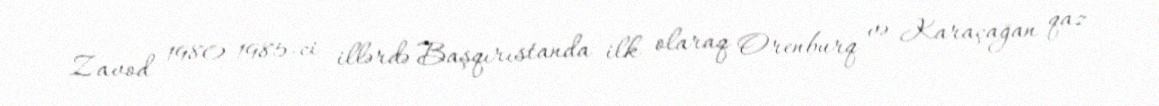
Zavod 1980-1985-ci illərdə Başqırıstanda ilk olaraq Orenburq və Karaçağan qaz